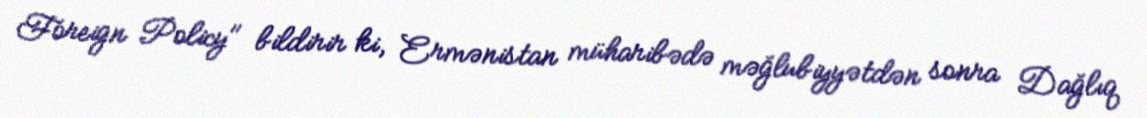
Foreign Policy" bildirir ki, Ermənistan müharibədə məğlubiyyətdən sonra Dağlıq